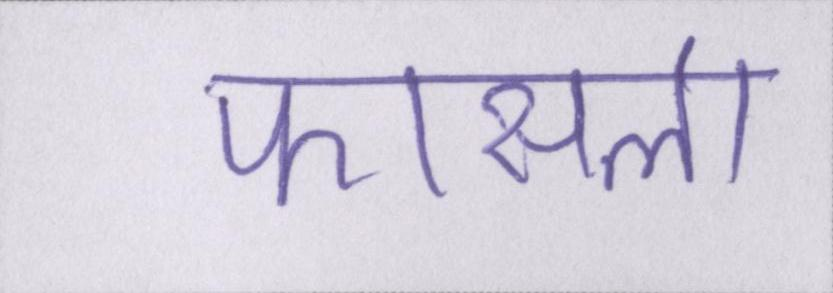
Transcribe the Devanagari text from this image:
फासला